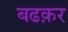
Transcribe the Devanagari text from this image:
बढक़र